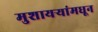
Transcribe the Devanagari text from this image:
मुशायऱ्यांमधून